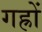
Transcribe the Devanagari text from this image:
गह्रों